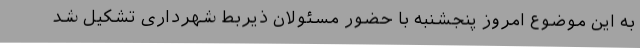
به این موضوع امروز پنجشنبه با حضور مسئولان ذیربط شهرداری تشکیل شد